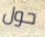
حول